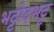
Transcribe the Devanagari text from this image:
भट्टोदभट्ट